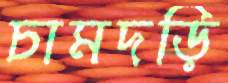
চামদড়ি